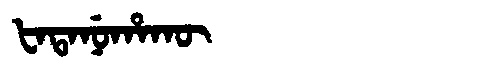
Manchu: ᡶᠠᡨᠠᠨᡠᡥᠠᡴᡡ
Romanization: FATANUHAKŪ